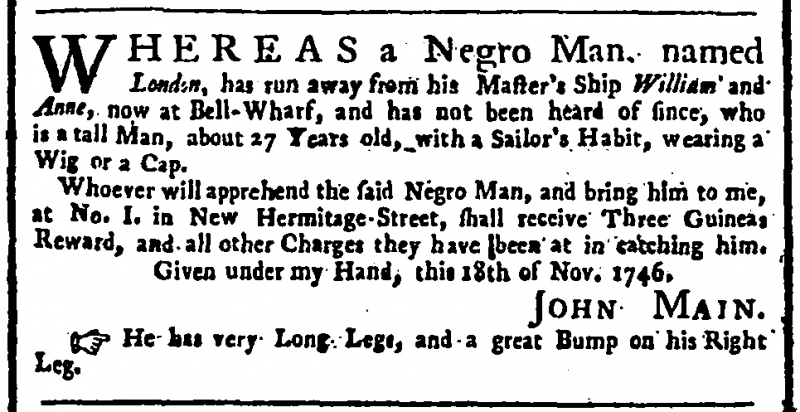
General Advertiser , 19 November 1746 (England)
WHEREAS a Negro Man, named London, has run away from his Master’s Ship William and Anne, now at Bell-Wharf, and has not been heard of since, who is a tall Man, about 27 Years old, with a Sailor’s Habit, wearing a Wig or a Cap.  Whoever will apprehend the said Negro Man, and bring him to me, at No. I. in New Hermitage-Street, shall receive Three Guineas Reward, and all other Charges they have been at in catching him.  Given under my Hand, this 18th of Nov. 1746.                                                   JOHN MAIN.  He has very Long Legs, and a great Bump on his Right Leg.